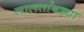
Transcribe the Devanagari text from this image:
लालतांबड्या